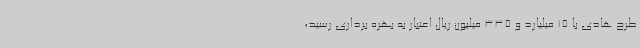
طرح هادی با 15 میلیارد و 335 میلیون ریال اعتبار به بهره برداری رسید،